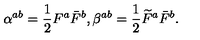
\alpha ^ { a b } = \frac { 1 } { 2 } F ^ { a } \bar { F } ^ { b } , \beta ^ { a b } = \frac { 1 } { 2 } \widetilde { F } ^ { a } \bar { F } ^ { b } .